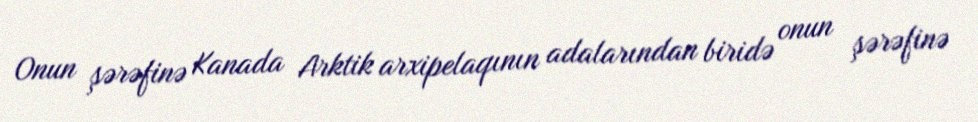
Onun şərəfinə Kanada Arktik arxipelaqının adalarından biridə onun şərəfinə